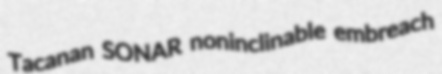
Tacanan SONAR noninclinable embreach